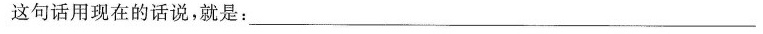
这句话用现在的话说，就是：___